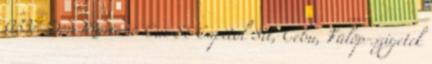
0337 Don Mariano Cui St Capitol Sit, Cebu, Fülöp-szigetek